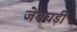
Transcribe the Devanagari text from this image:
जेबघड़ी